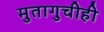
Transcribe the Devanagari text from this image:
मुतागुचीही